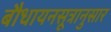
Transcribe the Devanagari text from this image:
बौधायनसूत्रानुसार